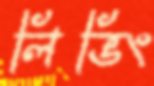
লিভিং